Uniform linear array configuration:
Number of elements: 8
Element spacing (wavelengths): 0.5
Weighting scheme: hann
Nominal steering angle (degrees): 15
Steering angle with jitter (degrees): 13.628
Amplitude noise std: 0.05
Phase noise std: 0.05

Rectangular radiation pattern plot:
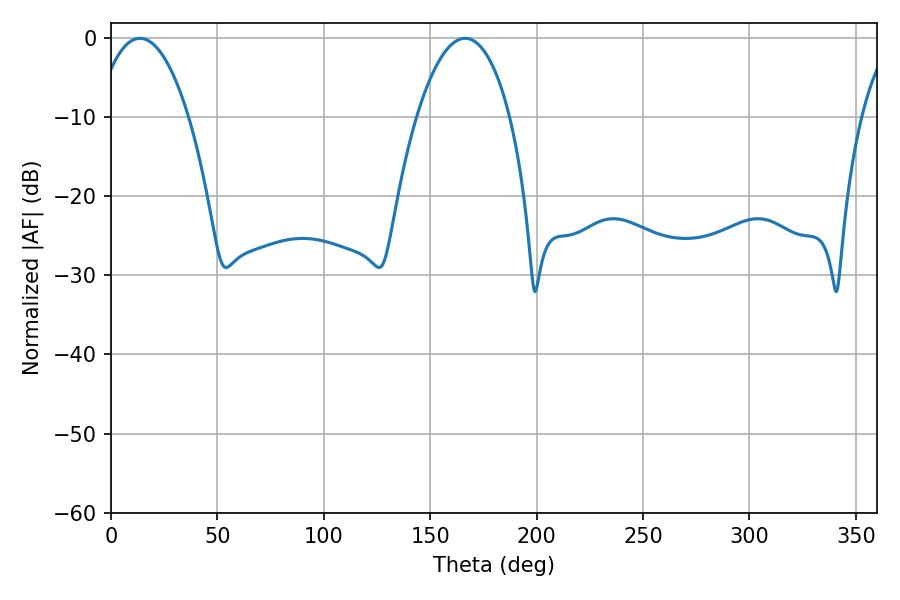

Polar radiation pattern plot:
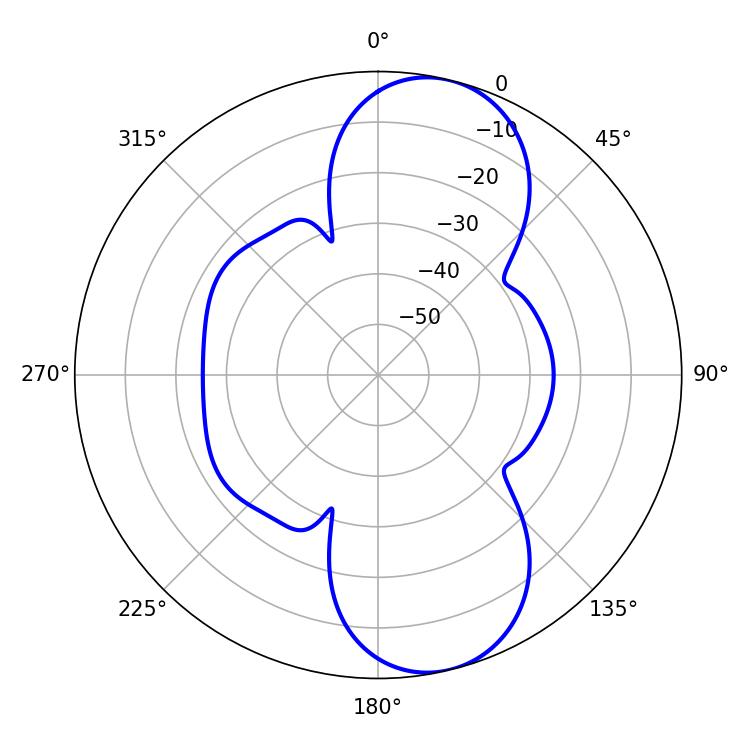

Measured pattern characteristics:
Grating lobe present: FALSE
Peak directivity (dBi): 9.702
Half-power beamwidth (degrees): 24.48
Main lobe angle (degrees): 13.68